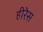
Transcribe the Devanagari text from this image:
हीरेस